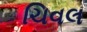
ચિવલ